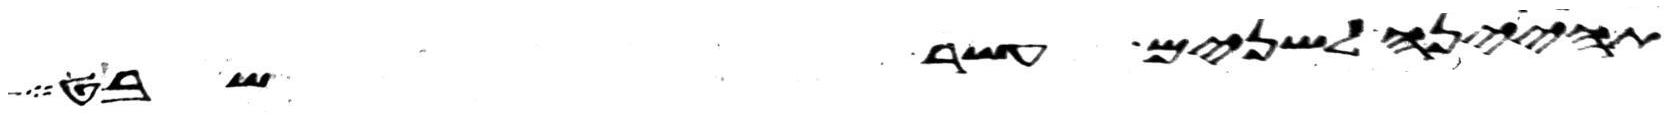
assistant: תהינה לשנים עשר שבט